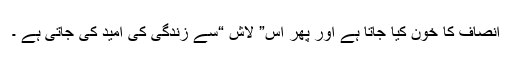
انصاف کا خون کیا جاتا ہے اور پھر اس” لاش “سے زندگی کی امید کی جاتی ہے ۔